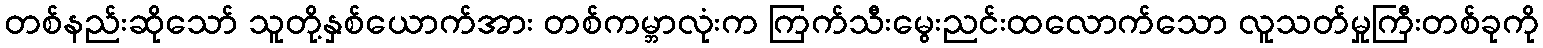
တစ်နည်းဆိုသော် သူတို့နှစ်ယောက်အား တစ်ကမ္ဘာလုံးက ကြက်သီးမွေးညင်းထလောက်သော လူသတ်မှုကြီးတစ်ခုကို